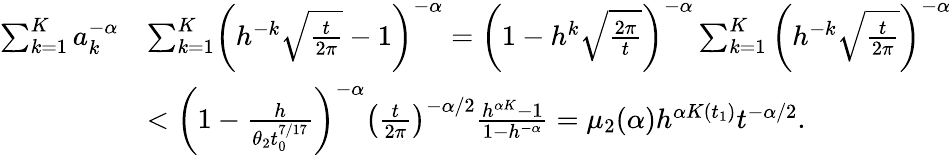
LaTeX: \begin{array}{rl}{\sum_{k=1}^{K}a_{k}^{-\alpha}}&{\le\sum_{k=1}^{K}\left(h^{-k}\sqrt{\frac{t}{2\pi}}-1\right)^{-\alpha}=\left(1-h^{k}\sqrt{\frac{2\pi}{t}}\right)^{-\alpha}\sum_{k=1}^{K}\left(h^{-k}\sqrt{\frac{t}{2\pi}}\right)^{-\alpha}}\\ &{<\left(1-\frac{h}{\theta_{2}t_{0}^{7/17}}\right)^{-\alpha}\left({\frac{t}{2\pi}}\right)^{-\alpha/2}\frac{h^{\alpha K}-1}{1-h^{-\alpha}}=\mu_{2}(\alpha)h^{\alpha K(t_{1})}t^{-\alpha/2}.}\end{array}